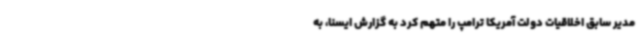
مدیر سابق اخلاقیات دولت آمریکا ترامپ را متهم کرد به گزارش ایسنا، به